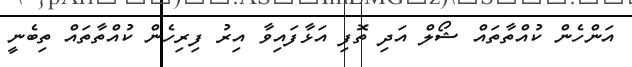
އަންހެން ކުއްތާތައް ޝޯލް އަދި ތޮފި އަޅާފައިވާ އިރު ފިރިހެން ކުއްތާތައް ތިބެނީ